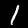
Label: 1